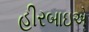
હીરબાઇએ